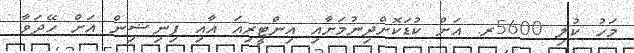
މަހު ކުލި 5600ރ. އަށް ކުޑަކޮށްދިނުމަށާއި އިންޓީރިއަ އާއި ފިނިޝިން އަށް ހޭދަވާ